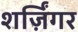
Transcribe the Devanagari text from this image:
शर्ज़िंगर